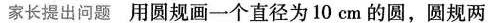
家长提出问题 用圆规画一个直径为10cm的圆，圆规两